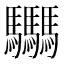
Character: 𩧢